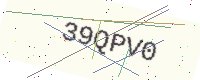
Text: 39QPV0